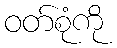
ဝတ်စုံကို